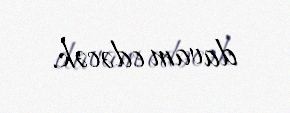
davam edəcək.